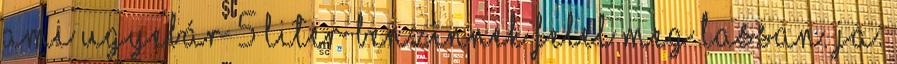
ami ugyebár 5 liter benzinnek felel meg lassan. Ja.